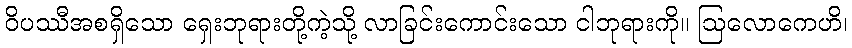
ဝိပဿီအစရှိသော ရှေးဘုရားတို့ကဲ့သို့ လာခြင်းကောင်းသော ငါဘုရားကို။ ဩလောကေဟိ၊